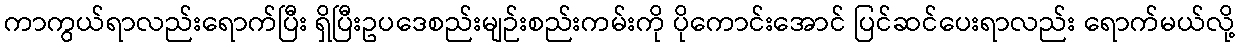
ကာကွယ်ရာလည်းရောက်ပြီး ရှိပြီးဥပဒေစည်းမျဉ်းစည်းကမ်းကို ပိုကောင်းအောင် ပြင်ဆင်ပေးရာလည်း ရောက်မယ်လို့